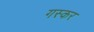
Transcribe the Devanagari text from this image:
गस्कर